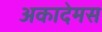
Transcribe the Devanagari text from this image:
अकादेमस